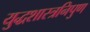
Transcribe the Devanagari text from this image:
युद्धशास्त्रनिपुण